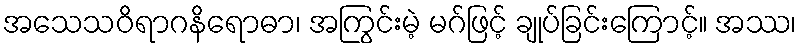
အသေသဝိရာဂနိရောဓာ၊ အကြွင်းမဲ့ မဂ်ဖြင့် ချုပ်ခြင်းကြောင့်။ အဿ၊